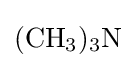
{(\mathrm {CH} {\vphantom {A}}_{\smash[{t}]{3}}){\vphantom {A}}_{\smash[{t}]{3}}\mathrm {N} }